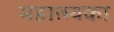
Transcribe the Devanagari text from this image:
महात्म्यका